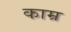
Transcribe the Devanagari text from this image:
काम्र